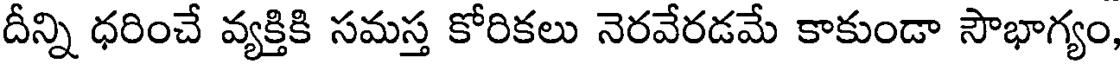
దీన్ని ధరించే వ్యక్తికి సమస్త కోరికలు నెరవేరడమే కాకుండా సౌభాగ్యం,